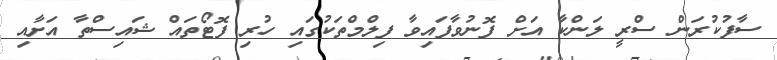
ސާފުކުރަން ސްރީ ލަންކާ އަށް ފޮނުވާފައިވާ ފިލްމްތަކުގައި ހުރި ފޮޓޯތައް ޝައިސްތާ އަށާއި